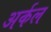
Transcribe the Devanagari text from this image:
अर्कल